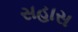
સહાસ